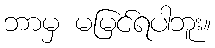
ဘာမှ မမြင်ရပါဘူး။